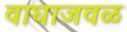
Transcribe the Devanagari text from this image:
वाघाजवळ